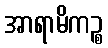
အာရာမိကဉ္စ